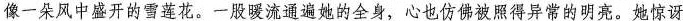
像一朵风中盛开的雪莲花。一股暖流通遍她的全身，心也仿佛被照得异常的明亮。她惊讶